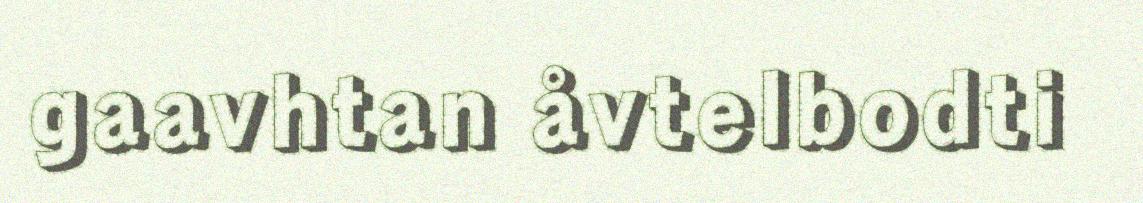
gaavhtan åvtelbodti